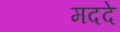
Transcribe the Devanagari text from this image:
मददे